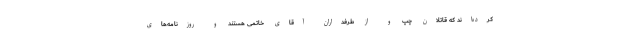
كرده‌اند كه قاتلان چپ و از طرفداران آقاى خاتمی هستند و روزنامه‌های